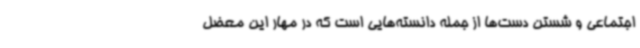
اجتماعی و شستن دست‌ها از جمله دانسته‌هایی است که در مهار این معضل